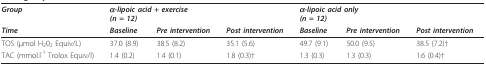
| Group | <COLSPAN=3> α-lipoic acid + exercise(n = 12) | <COLSPAN=3> α-lipoic acid only(n = 12) |
 | Time | Baseline | Pre intervention | Post intervention | Baseline | Pre intervention | Post intervention |
 | --- | --- | --- | --- | --- | --- | --- |
 | TOS (μmol H202 Equiv/L) | 37.0 (8.9) | 38.5 (8.2) | 35.1 (5.6) | 49.7 (9.1) | 50.0 (9.5) | 38.5 (7.2)† |
 | TAC (mmol.l-1 Trolox Equiv/l) | 1.4 (0.2) | 1.4 (0.1) | 1.8 (0.3)† | 1.3 (0.3) | 1.3 (0.3) | 1.6 (0.4)† |